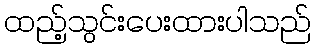
ထည့်သွင်းပေးထားပါသည်